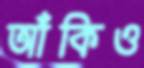
আঁকিও